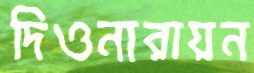
দিওনারায়ন